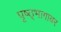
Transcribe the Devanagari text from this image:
पृष्ठ्भागावर